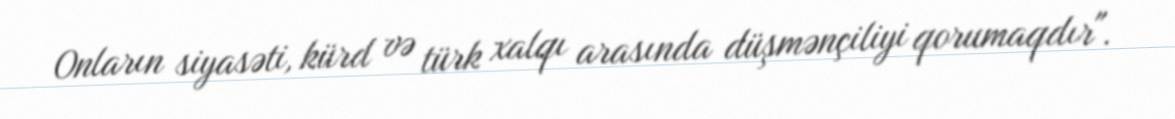
Onların siyasəti, kürd və türk xalqı arasında düşmənçiliyi qorumaqdır".